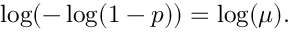
\log ( - \log ( 1 - p ) ) = \log ( \mu ) .